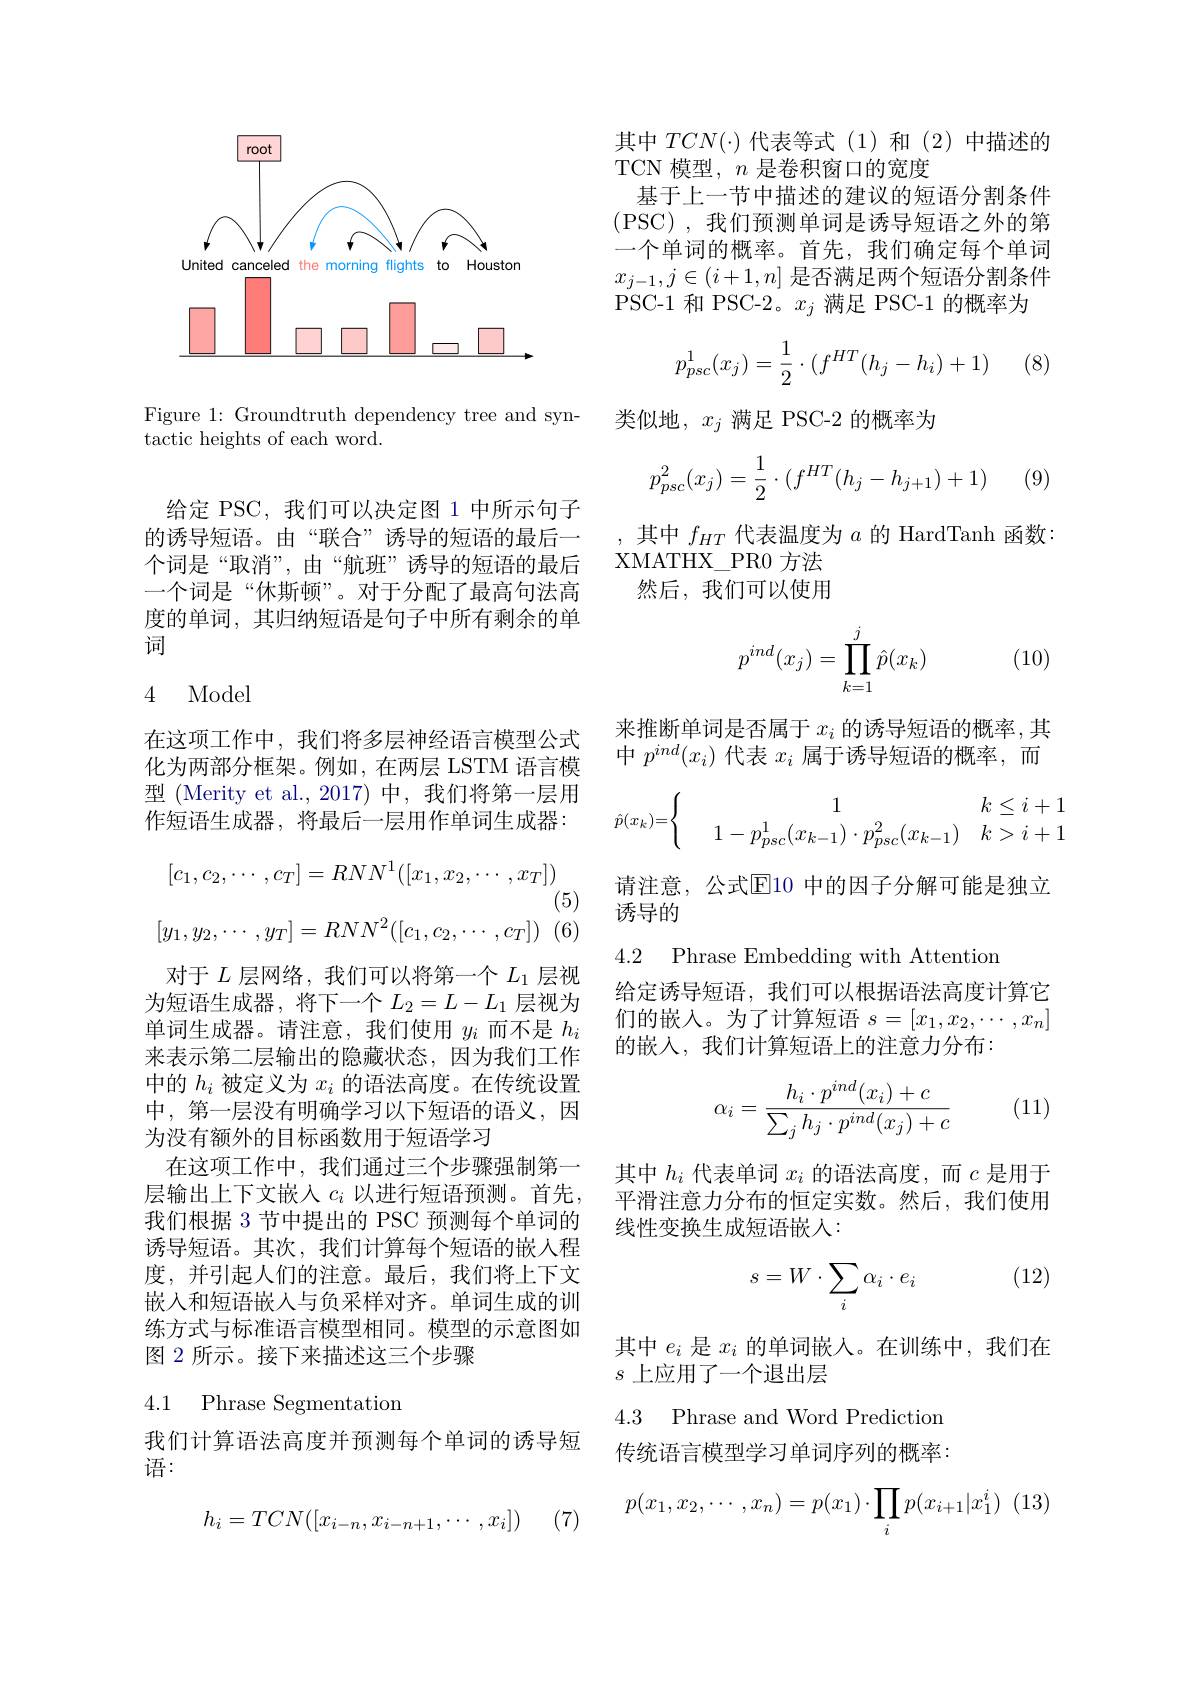
<FigureHere>

Figure 1: Groundtruth dependency tree and syn-
tactic heights of each word.

给定 PSC,我们可以决定图 1 中所示句子的诱导短语。由“联合”诱导的短语的最后一个词是“取消”,由“航班”诱导的短语的最后一个词是“休斯顿”。对于分配了最高句法高度的单词，其归纳短语是句子中所有剩余的单词

## 4 Model

(5)

在这项工作中，我们将多层神经语言模型公式化为两部分框架。例如，在两层 LSTM 语言模型 (Merity et al.,2017) 中，我们将第一层用作短语生成器，将最后一层用作单词生成器：
$$[c_1,c_2,\cdots,c_T]=RNN^1([x_1,x_2,\cdots,x_T])$$
$$[y_1,y_2,\cdots,y_T]=RNN^2([c_1,c_2,\cdots,c_T])$$
对于$L$层网络，我们可以将第一个$L_1$层视为短语生成器，将下一个$L_2=L-L_1$层视为单词生成器。请注意，我们使用$y_i$而不是$h_i$ 来表示第二层输出的隐藏状态，因为我们工作中的$h_i$被定义为$x_i$的语法高度。在传统设置中，第一层没有明确学习以下短语的语义，因为没有额外的目标函数用于短语学习
在这项工作中，我们通过三个步骤强制第一层输出上下文嵌入$c_i$以进行短语预测。首先， 我们根据 3 节中提出的 PSC 预测每个单词的诱导短语。其次，我们计算每个短语的嵌入程度，并引起人们的注意。最后，我们将上下文嵌入和短语嵌人与负采样对齐。单词生成的训练方式与标准语言模型相同。模型的示意图如图 2 所示。接下来描述这三个步骤

## 4.1 Phrase Segmentation

我们计算语法高度并预测每个单词的诱导短
语：

(7)
$$h_i=TCN([x_{i-n},x_{i-n+1},\cdots,x_i])$$
其中$TCN(\cdot)$代表等式(1)和(2)中描述的

TCN 模型，$n$是卷积窗口的宽度
基于上一节中描述的建议的短语分割条件(PSC),我们预测单词是诱导短语之外的第一个单词的概率。首先，我们确定每个单词$x_{j-1},j\in(i+1,n]$是否满足两个短语分割条件PSC-1 和 PSC-2。$x_j$满足 PSC-1 的概率为
$$p_{psc}^1(x_j)=\dfrac{1}{2}\cdot(f^{HT}(h_j-h_i)+1)$$
(8)

类似地，$x_j$满足 PSC-2 的概率为
$$p_{psc}^2(x_j)=\dfrac{1}{2}\cdot(f^{HT}(h_j-h_{j+1})+1)$$
(9)

其中$f_{HT}$代表温度为$a$的 HardTanh 函数：
XMATHX$\_$PR0 方法
然后，我们可以使用
$$p^{ind}(x_j)=\prod\limits_{k=1}^j\hat{p}(x_k)$$
(10)

来推断单词是否属于$x_i$的诱导短语的概率，其中$p^{ind}(x_i)$代表$x_i$属于诱导短语的概率，而
$$\hat{p}(x_k)=\begin{cases}&1&k\leq i+1\\&1-p_{psc}^1(x_{k-1})\cdot p_{psc}^2(x_{k-1})&k>i+1\end{cases}$$
请注意，公式$\overline{\mathbb{E}}$10 中的因子分解可能是独立
诱导的

4.2 Phrase Embedding with Attentiom

给定诱导短语，我们可以根据语法高度计算它们的嵌入。为了计算短语$s=[x_1,x_2,\cdots,x_n]$ 的嵌入，我们计算短语上的注意力分布：
$$\alpha_i=\frac{h_i\cdot p^{ind}(x_i)+c}{\sum_jh_j\cdot p^{ind}(x_j)+c}$$
(11)

其中$h_i$代表单词$x_i$的语法高度，而$c$是用于平滑注意力分布的恒定实数。然后，我们使用线性变换生成短语嵌人：

(12)
$$s=W\cdot\sum_i\alpha_i\cdot e_i$$
其中$e_i$是$x_i$的单词嵌人。在训练中，我们在
$s$上应用了一个退出层

4.3 Phrase and Word Prediction

传统语言模型学习单词序列的概率：
$$p(x_1,x_2,\cdots,x_n)=p(x_1)\cdot\prod_ip(x_{i+1}|x_1^i)$$